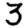
Digit: 3